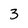
Character: 3